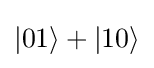
|01\rangle +|10\rangle